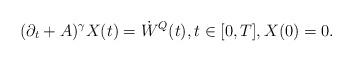
LaTeX: \begin{align*} (\partial_t + A)^\gamma X (t)= \dot{W}^{Q}(t), t\in[0,T], X(0)=0. \end{align*}